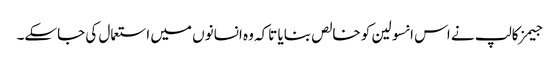
جیمز کالپ نے اس انسولین کو خالص بنایا تاکہ وہ انسانوں‌ میں‌ استعمال کی جاسکے۔